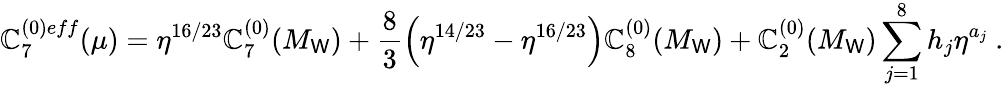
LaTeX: \mathbb{C}_{7}^{(0)eff}(\mu)=\eta^{16/23}\mathbb{C}_{7}^{(0)}(M_{\mathsf{W}})+\frac{{8}}{{3}}\left(\eta^{14/23}-\eta^{16/23}\right)\mathbb{C}_{8}^{(0)}(M_{\mathsf{W}})+\mathbb{C}_{2}^{(0)}(M_{\mathsf{W}})\sum_{j=1}^{8}h_{j}\eta^{a_{j}}\ .